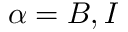
\alpha = B , I